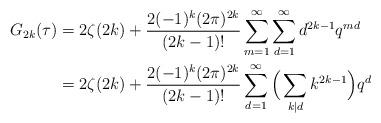
LaTeX: \begin{align*}G_{2k}(\tau) &= 2\zeta(2k) + \frac{2(-1)^k(2\pi)^{2k}}{(2k-1)!}\sum_{m=1}^\infty\sum_{d=1}^\infty d^{2k-1}q^{md} \\&= 2\zeta(2k) + \frac{2(-1)^k(2\pi)^{2k}}{(2k-1)!}\sum_{d=1}^\infty \Big(\sum_{k \mid d} k^{2k-1}\Big) q^d\end{align*}